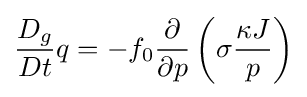
{\frac {D_{g}}{Dt}}q=-f_{0}{\frac {\partial }{\partial p}}\left(\sigma {\frac {\kappa J}{p}}\right)